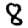
Digit: 8